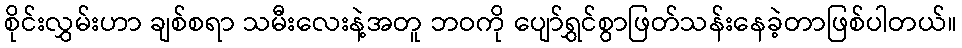
စိုင်းလွှမ်းဟာ ချစ်စရာ သမီးလေးနဲ့အတူ ဘဝကို ပျော်ရွှင်စွာဖြတ်သန်းနေခဲ့တာဖြစ်ပါတယ်။